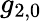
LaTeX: g_{2,0}